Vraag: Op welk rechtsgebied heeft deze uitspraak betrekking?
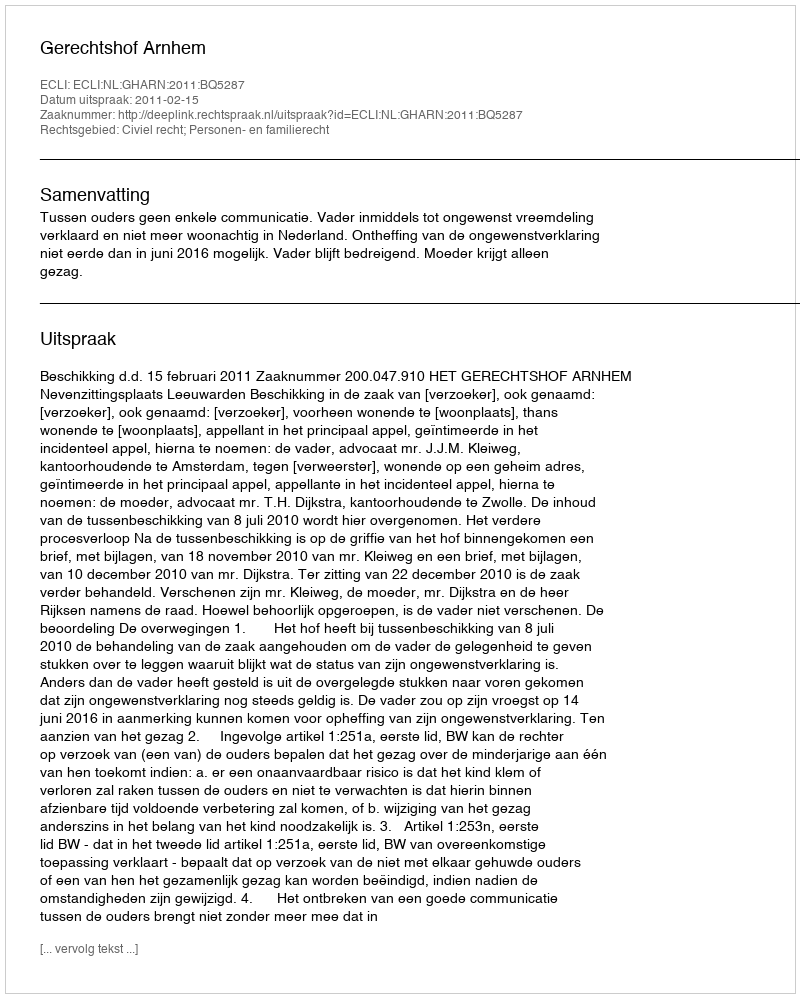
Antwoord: Civiel recht; Personen- en familierecht